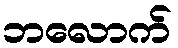
ဘလောက်